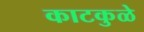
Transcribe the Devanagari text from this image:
काटकुळे